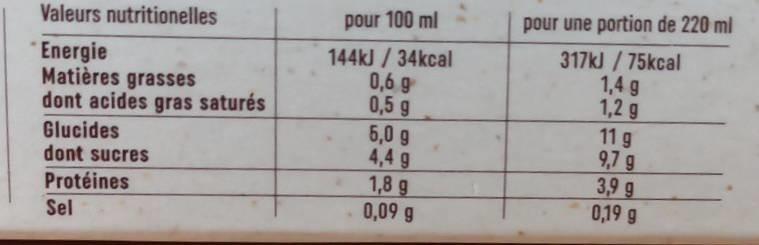
Valeurs nutritionelles
Energie
Matières grasses dont acides gras saturés
Glucides
dont sucres Protéines
Sel
pour 100 ml
144kJ/34kcal
0,6 g
0,5 g
5,0 g
4,4 g
1,8 g
0,09 g
pour une portion de 220 ml
317kJ/75kcal
1,4 g
1,2 g
11 g
9,7 g
3,9 g
0,19 g